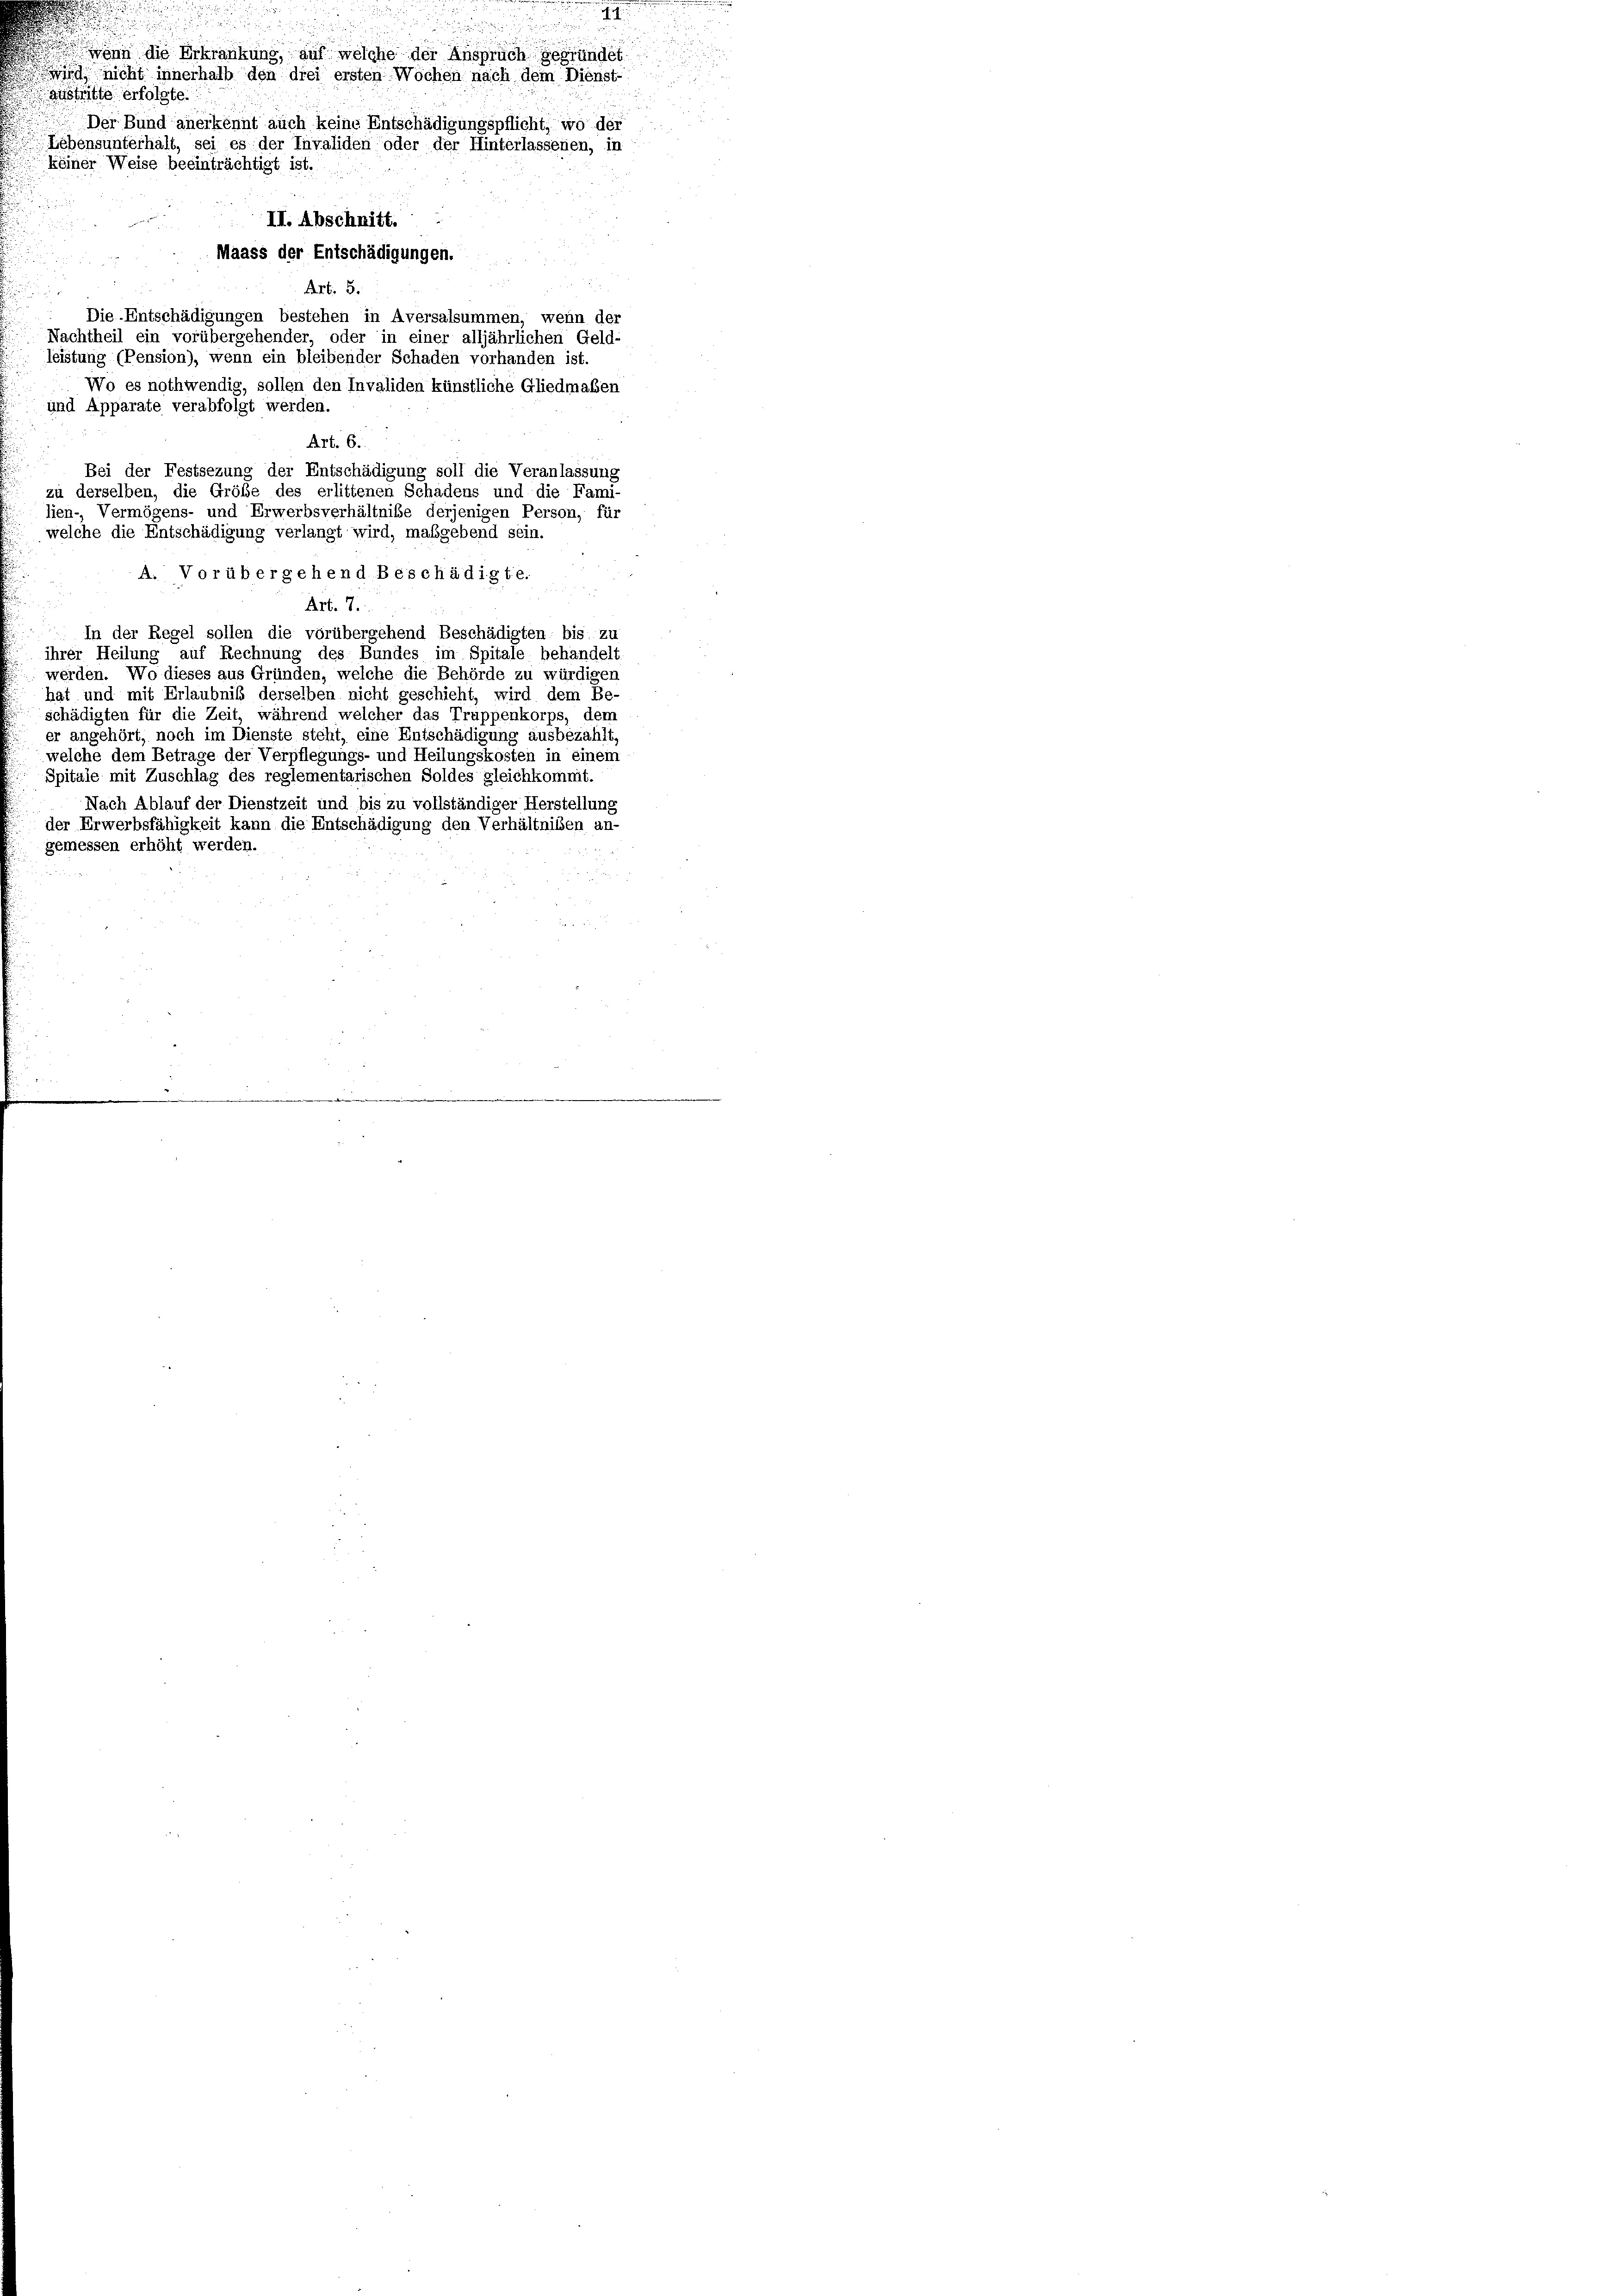
Der Bund anerkennt auch keine Entschädigungspflicht, wo der
Lebensunterhalt, sei es der Invaliden oder der Hinterlassenen, in
keiner Weise beeinträchtigt ist.
II. Abschnitt.
Bei der Festsezung der Entschädigung soll die Veranlassung
zu derselben, die Größe des erlittenen Schadens und die Fami-
lien- Vermögens- und Erwerbsverhältniße derjenigen Person, für
welche die Entschädigung verlangt wird, maßgebend sein.
A. Vorübergehend Beschädigte.
Art. 7.
In der Regel sollen die vorübergehend Beschädigten bis zu
ihrer Heilung auf Rechnung des Bundes im Spitale behandelt
werden. Wo dieses aus Gründen, welche die Behörde zu würdigen
hat und mit Erlaubniß derselben nicht geschieht, wird dem Be-
schädigten für die Zeit, während welcher das Truppenkorps, dem
er angehört, noch im Dienste steht, eine Entschädigung ausbezahlt,
welche dem Betrage der Verpflegungs- und Heilungskosten in einem
Spitale mit Zuschlag des reglementarischen Soldes gleichkommt.
Nach Ablauf der Dienstzeit und bis zu vollständiger Herstellung
der Erwerbsfähigkeit kann die Entschädigung den Verhältnißen an-
gemessen erhöht werden.

I
wenn die Erkränkung, auf welche der Anspruch gegründet
ig nicht innerhalb den drei ersten Wochen nach dem Dienst-
austritte erfolgte.

und Apparate verabfolgt werden.

leistung (Pension), wenn ein bleibender Schaden vorhanden ist.

Maass der Entschädigungen.
Art. 5.
Die Entschädigungen bestehen in Aversalsummen, wenn der
Nachtheil ein vorübergehender, oder in einer alljährlichen Geld-
Wo es nothwendig, sollen den Invaliden künstliche Gliedmaßen
Art. 6.